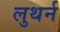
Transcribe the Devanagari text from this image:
लुथर्न